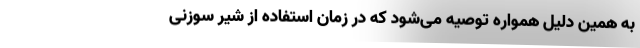
به همین دلیل همواره توصیه می‌شود که در زمان استفاده از شیر سوزنی